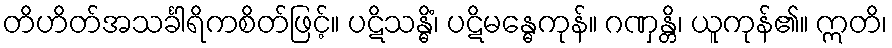
တိဟိတ်အသင်္ခါရိကစိတ်ဖြင့်။ ပဋိသန္ဓိံ၊ ပဋိမန္ဓေကုန်။ ဂဏှန္တိ၊ ယူကုန်၏။ ဣတိ၊